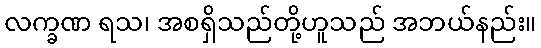
လက္ခဏ ရသ၊ အစရှိသည်တို့ဟူသည် အဘယ်နည်း။